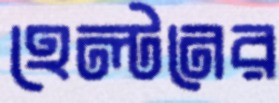
হেল্টনের